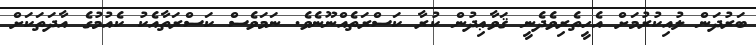
ބަރުދަން ލުއިކުރުމަށް އެހީތެރިވެދެނީ ޤަވާޢިދުން ކުރާ ކަސްރަތެއްނޫނެވެ. ނަމަވެސް ކަސްރަތާއެކު ކެއުމުގެ އާދަތަކަށް